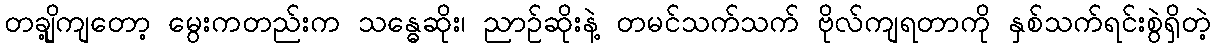
တချို့ကျတော့ မွေးကတည်းက သန္ဓေဆိုး၊ ညာဉ်ဆိုးနဲ့ တမင်သက်သက် ဗိုလ်ကျရတာကို နှစ်သက်ရင်းစွဲရှိတဲ့